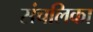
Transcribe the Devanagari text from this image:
संचलिका